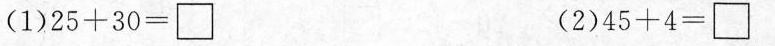
(1)$$25 + 30 = \Box$$ $$(2)45 + 4 = \Box$$